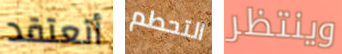
أتعتقد التحطم وينتظر